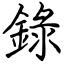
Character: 錄